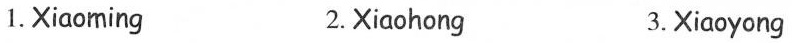
1.Xiaoming 2.Xiaohong 3.Xiāoyong